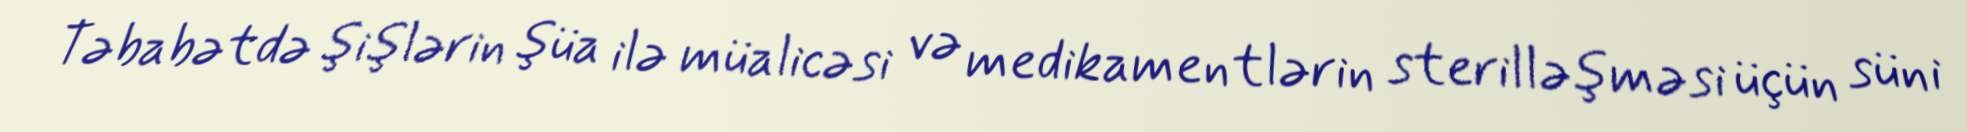
Təbabətdə şişlərin şüa ilə müalicəsi və medikamentlərin sterilləşməsi üçün süni